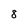
Character: 8